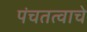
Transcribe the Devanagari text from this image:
पंचतत्वाचे